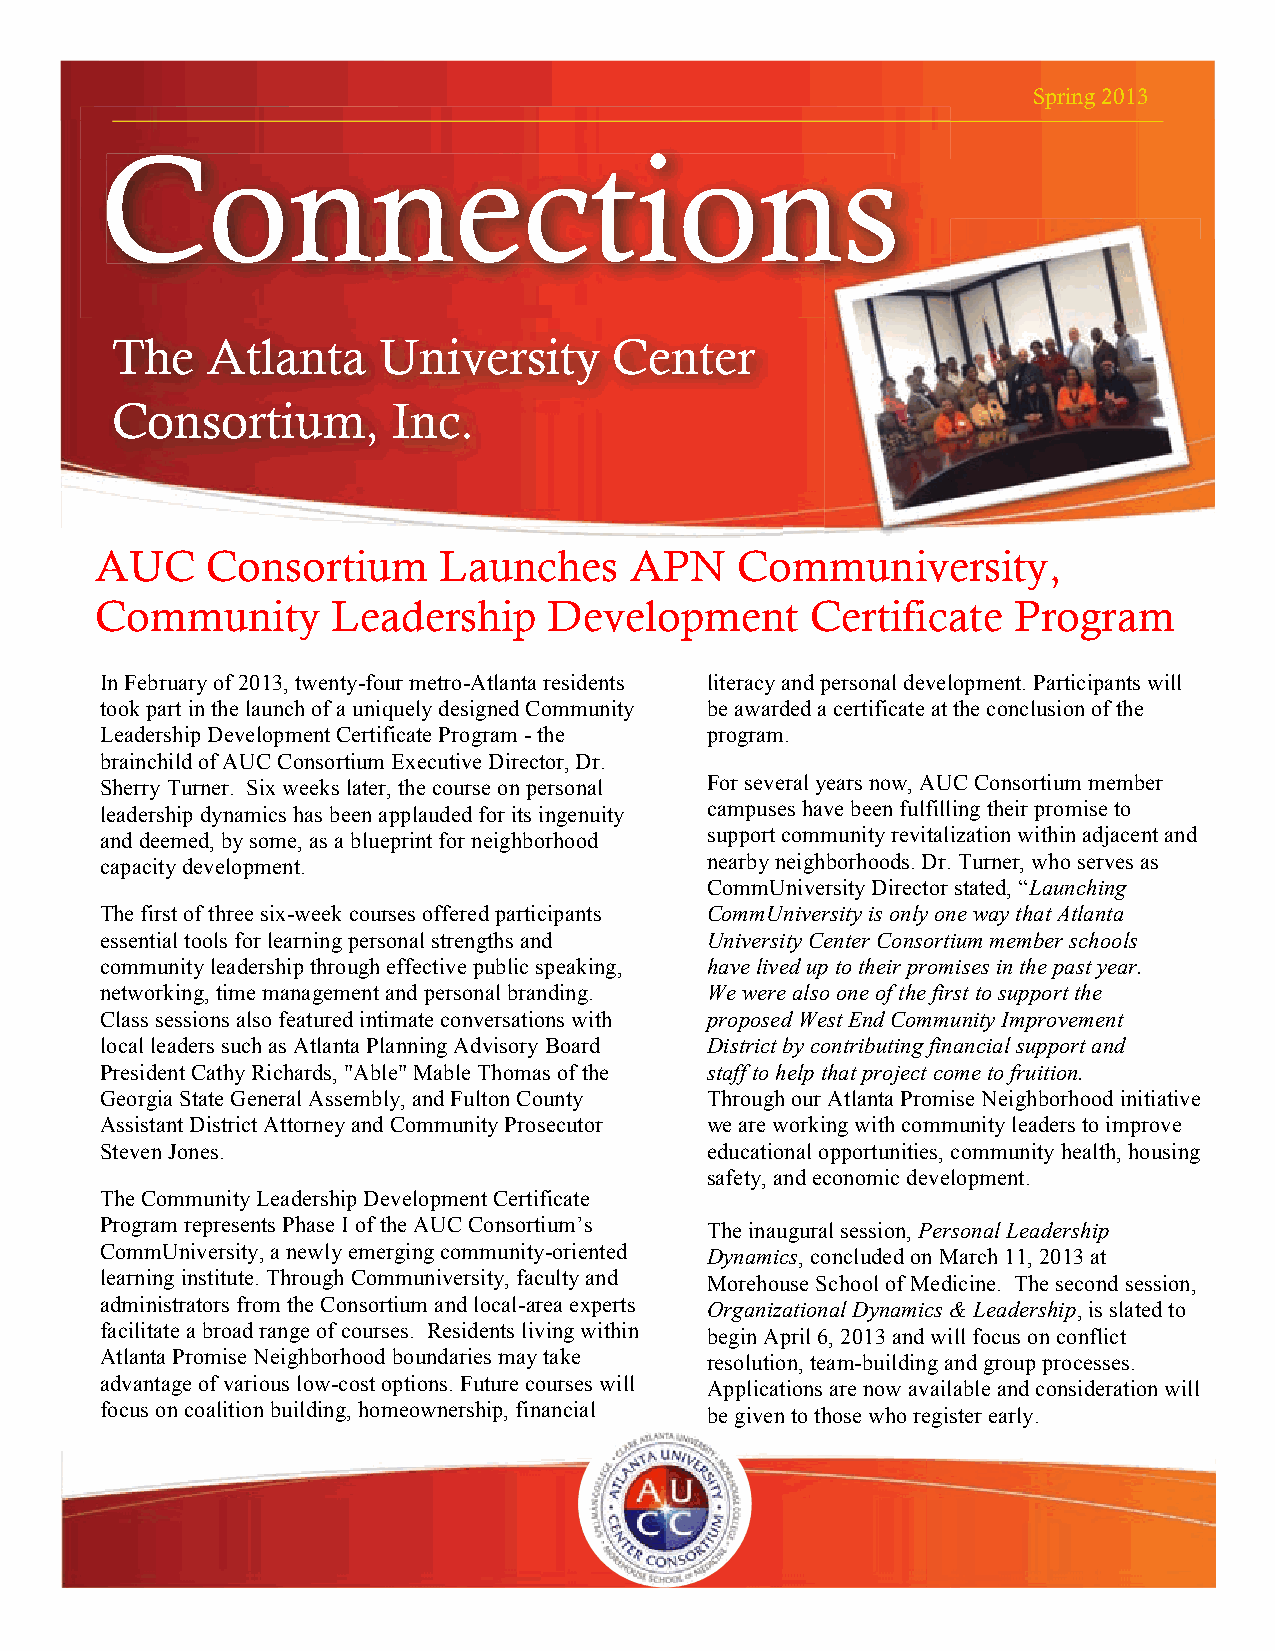
Spring 2013
 CCoonnnneeccttiioonnss
 The    Atlanta    University      Center
 Consortium,        Inc.
 AUC     Consortium     Launches     APN    Communiversity,
 Community       Leadership    Development       Certificate  Program
 In February of 2013, twenty-four metro-Atlanta residents literacy and personal development. Participants will
 took part in the launch of a uniquely designed Community be awarded a certificate at the conclusion of the
 Leadership Development Certificate Program - the program.
 brainchild of AUC Consortium Executive Director, Dr.
 Sherry Turner. Six weeks later, the course on personal For several years now, AUC Consortium member
 leadership dynamics has been applauded for its ingenuity campuses have been fulfilling their promise to
 and deemed, by some, as a blueprint for neighborhood support community revitalization within adjacent and
 capacity development.                   nearby neighborhoods. Dr. Turner, who serves as
 CommUniversity Director stated, “Launching
 The first of three six-week courses offered participants CommUniversity is only one way that Atlanta
 essential tools for learning personal strengths and University Center Consortium member schools
 community leadership through effective public speaking, have lived up to their promises in the past year.
 networking, time management and personal branding. We were also one of the first to support the
 Class sessions also featured intimate conversations with proposed West End Community Improvement
 local leaders such as Atlanta Planning Advisory Board District by contributing financial support and
 President Cathy Richards, "Able" Mable Thomas of the staff to help that project come to fruition.
 Georgia State General Assembly, and Fulton County Through our Atlanta Promise Neighborhood initiative
 Assistant District Attorney and Community Prosecutor we are working with community leaders to improve
 Steven Jones.                           educational opportunities, community health, housing
 safety, and economic development.
 The Community Leadership Development Certificate
 Program represents Phase I of the AUC Consortium’s The inaugural session, Personal Leadership
 CommUniversity, a newly emerging community-oriented Dynamics, concluded on March 11, 2013 at
 learning institute. Through Communiversity, faculty and Morehouse School of Medicine. The second session,
 administrators from the Consortium and local-area experts Organizational Dynamics & Leadership, is slated to
 facilitate a broad range of courses. Residents living within begin April 6, 2013 and will focus on conflict
 Atlanta Promise Neighborhood boundaries may take resolution, team-building and group processes.
 advantage of various low-cost options. Future courses will Applications are now available and consideration will
 focus on coalition building, homeownership, financial be given to those who register early.